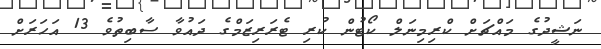
ނަޝީދުގެ މައްޗަށް ކްރިމިނަލް ކޯޓުން ކުރި ޓެރަރިޒަމްގެ ދައުވާ ސާބިތުވެ 13 އަހަރަށް